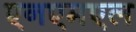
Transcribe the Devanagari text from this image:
एनएमएल